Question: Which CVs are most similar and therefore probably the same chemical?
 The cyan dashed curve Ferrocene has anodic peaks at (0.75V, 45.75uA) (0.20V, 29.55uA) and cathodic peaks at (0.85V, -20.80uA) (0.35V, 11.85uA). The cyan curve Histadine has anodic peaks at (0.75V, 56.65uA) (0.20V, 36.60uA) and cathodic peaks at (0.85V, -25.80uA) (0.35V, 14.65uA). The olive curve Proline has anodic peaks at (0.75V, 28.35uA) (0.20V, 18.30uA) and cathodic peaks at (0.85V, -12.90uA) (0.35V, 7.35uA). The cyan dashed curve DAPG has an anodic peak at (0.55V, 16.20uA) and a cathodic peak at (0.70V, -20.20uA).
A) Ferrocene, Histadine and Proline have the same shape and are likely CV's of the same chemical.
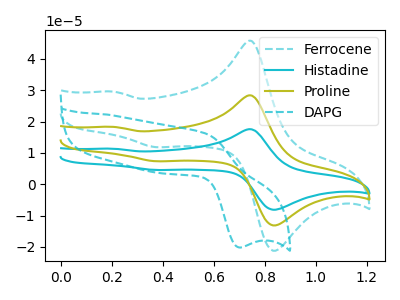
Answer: <think>All the peaks in "Ferrocene" have a peak in "Histadine" at the same potential. All the peaks in "Ferrocene" have a peak in "Proline" at the same potential. "Ferrocene" and "DAPG" have a different number of peaks. All the peaks in "Histadine" have a peak in "Proline" at the same potential. "Histadine" and "DAPG" have a different number of peaks. "Proline" and "DAPG" have a different number of peaks.
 </think>
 <answer>A) "Ferrocene", "Histadine" and "Proline" have the same shape and are likely CV's of the same chemical.</answer>
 <eval>A</eval>